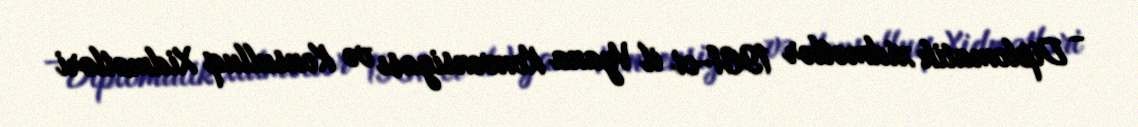
- Diplomatik xidmətlər 1961-ci il Vyana Konvensiyası və Konsulluq Xidmətləri